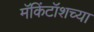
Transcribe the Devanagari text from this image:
मॅकिंटॉशच्या